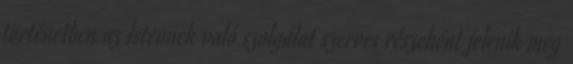
történetben az Istennek való szolgálat szerves részeként jelenik meg